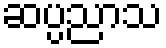
ဆပ္ပညာသ